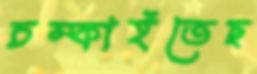
চম্‌কাইতেছ